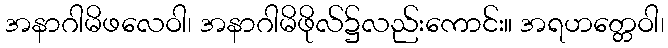
အနာဂါမိဖလေဝါ၊ အနာဂါမိဖိုလ်၌လည်းကောင်း။ အရဟတ္တေဝါ၊